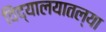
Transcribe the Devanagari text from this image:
विद्यालयातल्या